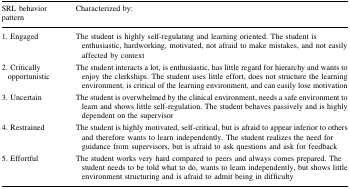
| SRL behavior pattern | Characterized by: |
 | --- | --- |
 | 1. Engaged | The student is highly self-regulating and learning oriented. The student is enthusiastic, hardworking, motivated, not afraid to make mistakes, and not easily affected by context |
 | 2. Critically opportunistic | The student interacts a lot, is enthusiastic, has little regard for hierarchy and wants to enjoy the clerkships. The student uses little effort, does not structure the learning environment, is critical of the learning environment, and can easily lose motivation |
 | 3. Uncertain | The student is overwhelmed by the clinical environment, needs a safe environment to learn and shows little self-regulation. The student behaves passively and is highly dependent on the supervisor |
 | 4. Restrained | The student is highly motivated, self-critical, but is afraid to appear inferior to others and therefore wants to learn independently. The student realizes the need for guidance from supervisors, but is afraid to ask questions and ask for feedback |
 | 5. Effortful | The student works very hard compared to peers and always comes prepared. The student needs to be told what to do, wants to learn independently, but shows little environment structuring and is afraid to admit being in difficulty |